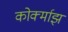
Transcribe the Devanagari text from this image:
कोर्क्माझ